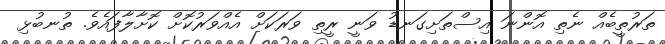
ތަރުތީބެއް ނެތި އޮންނަ އިސްތަށިގަނޑު ވަނީ ރީތި ވަރަކަށް އެއްވަރުކޮށް ކޮށާލާފައެވެ. ތުނބުޅި